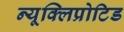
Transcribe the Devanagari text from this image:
न्यूक्लिप्रोटिड